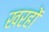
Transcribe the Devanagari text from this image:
खरहों